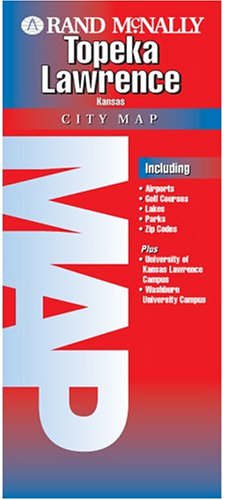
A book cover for Rand McNally Topeka & Lawrence, Kansas: City Map (Rand McNally Folded Map: Cities); Rand McNally and Company; Travel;